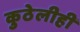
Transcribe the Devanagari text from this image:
कुठेलीही